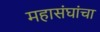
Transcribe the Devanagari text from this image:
महासंघांचा